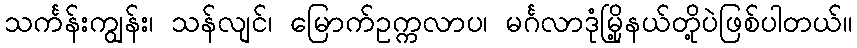
သင်္ကန်းကျွန်း၊ သန်လျင်၊ မြောက်ဥက္ကလာပ၊ မင်္ဂလာဒုံမြို့နယ်တို့ပဲဖြစ်ပါတယ်။